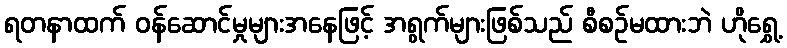
ရတနာထက် ဝန်ဆောင်မှုများအနေဖြင့် အရွက်များဖြစ်သည် စီစဉ်မထားဘဲ ဟိုရွှေ့